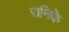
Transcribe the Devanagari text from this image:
रानिके